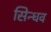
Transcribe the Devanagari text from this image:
सिन्धव